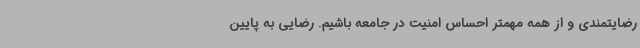
رضایتمندی و از همه مهمتر احساس امنیت در جامعه باشیم. رضایی به پایین